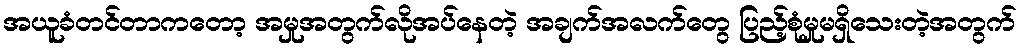
အယူခံတင်တာကတော့ အမှုအတွက်လိုအပ်နေတဲ့ အချက်အလက်တွေ ပြည့်စုံမှုမရှိသေးတဲ့အတွက်